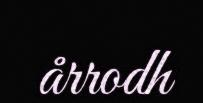
årrodh